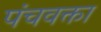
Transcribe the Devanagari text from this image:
पंचवक्ता